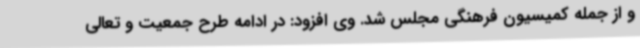
و از جمله کمیسیون فرهنگی مجلس شد. وی افزود: در ادامه طرح جمعیت و تعالی